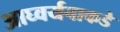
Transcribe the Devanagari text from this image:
आघ्वर्यवाकडे